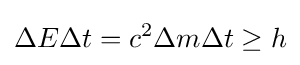
\Delta E\Delta t=c^{2}\Delta m\Delta t\geq h